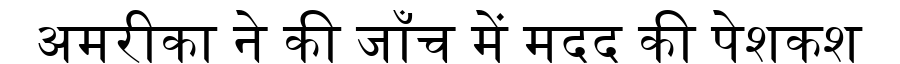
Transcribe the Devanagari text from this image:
अमरीका ने की जाँच में मदद की पेशकश